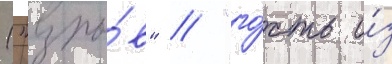
("взры́в" / "го́сть и́з